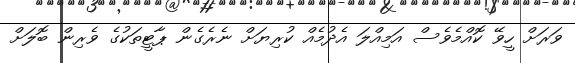
ވަރަށް ހީވޭ ކޮއްމެވެސް އަމިއްލަ އެދުމެއް ކުރިޔަށް ނެރެގެން ޕާޓީތަކުގެ ވެރިން ބޮލަށް